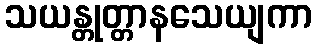
သယန္တုတ္တာနသေယျကာ